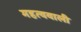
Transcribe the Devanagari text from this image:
महत्ववाली